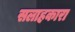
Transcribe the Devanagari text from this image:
सलाहकारा